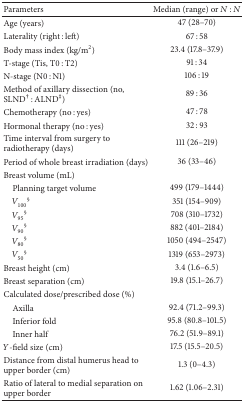
<table><thead><tr><td><b>Parameters</b></td><td><b>Median (range) or <i>N</i> : <i>N</i></b></td></tr></thead><tbody><tr><td>Age (years)</td><td>47 (28–70)</td></tr><tr><td>Laterality (right : left)</td><td>67 : 58</td></tr><tr><td>Body mass index (kg/m<sup>2</sup>)</td><td>23.4 (17.8–37.9)</td></tr><tr><td>T-stage (Tis, T0 : T2)</td><td>91 : 34</td></tr><tr><td>N-stage (N0 : N1)</td><td>106 : 19</td></tr><tr><td>Method of axillary dissection (no, SLND<sup>†</sup> : ALND<sup>‡</sup>)</td><td>89 : 36</td></tr><tr><td>Chemotherapy (no : yes)</td><td>47 : 78</td></tr><tr><td>Hormonal therapy (no : yes)</td><td>32 : 93</td></tr><tr><td>Time interval from surgery to radiotherapy (days) </td><td>111 (26–219)</td></tr><tr><td>Period of whole breast irradiation (days)</td><td>36 (33–46)</td></tr><tr><td>Breast volume (mL)</td><td> </td></tr><tr><td> Planning target volume</td><td>499 (179–1444)</td></tr><tr><td> <i>V</i><sub>100</sub><sup>§</sup></td><td>351 (154–909)</td></tr><tr><td> <i>V</i><sub>95</sub><sup>§</sup></td><td>708 (310–1732)</td></tr><tr><td> <i>V</i><sub>90</sub><sup>§</sup></td><td>882 (401–2184)</td></tr><tr><td> <i>V</i><sub>80</sub><sup>§</sup></td><td>1050 (494–2547)</td></tr><tr><td> <i>V</i><sub>50</sub><sup>§</sup></td><td>1319 (653–2973)</td></tr><tr><td>Breast height (cm)</td><td>3.4 (1.6–6.5)</td></tr><tr><td>Breast separation (cm)</td><td>19.8 (15.1–26.7)</td></tr><tr><td>Calculated dose/prescribed dose (%)</td><td> </td></tr><tr><td> Axilla</td><td>92.4 (71.2–99.3)</td></tr><tr><td> Inferior fold</td><td>95.8 (80.8–101.5)</td></tr><tr><td> Inner half</td><td>76.2 (51.9–89.1)</td></tr><tr><td><i>Y</i>-field size (cm)</td><td>17.5 (15.5–20.5)</td></tr><tr><td>Distance from distal humerus head to upper border (cm)</td><td>1.3 (0–4.3)</td></tr><tr><td>Ratio of lateral to medial separation on upper border</td><td>1.62 (1.06–2.31)</td></tr></tbody></table>